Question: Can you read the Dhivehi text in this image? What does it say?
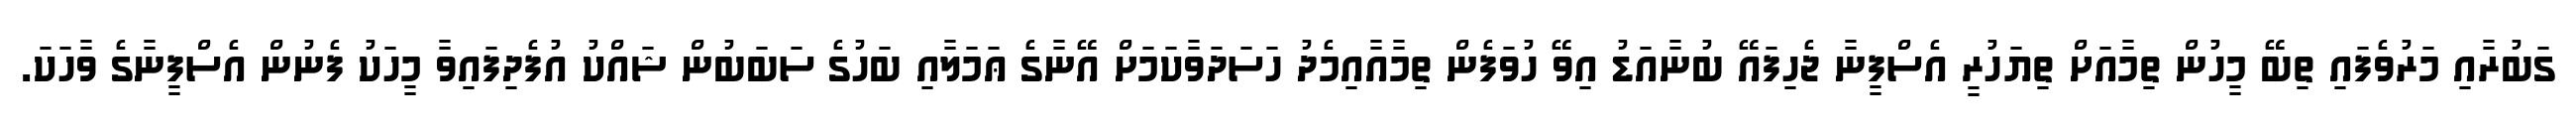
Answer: ގަބުރާއި މަރުވެފައި ތިބޭ މީހުން ތިމާއަށް ތިޔަހުރީ އެސްފީނާ ޖެހިފައޭ ބުނާއަޑު އިވޭ ހުވަފެން ތިމާއާއިމެދު ހަސަދަވާކަމަށް އޭނާގެ ޢަމަލާއި ބަހުގެ ސަބަބުން ޝައްކު އުފެދިފައިވާ މީހަކު ފެނުން އެސްފީނާގެ ވާހަކަ.